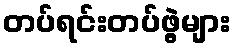
တပ်ရင်းတပ်ဖွဲ့များ